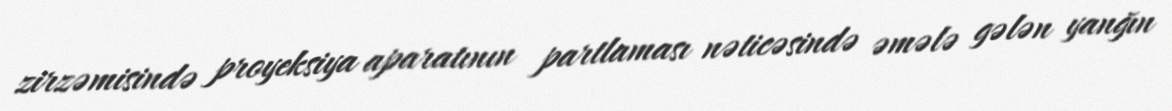
zirzəmisində proyeksiya aparatının partlaması nəticəsində əmələ gələn yanğın